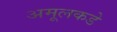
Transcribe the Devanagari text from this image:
अमूलकडे